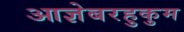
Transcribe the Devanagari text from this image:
आज्ञेबरहुकुम